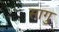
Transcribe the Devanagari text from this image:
सागु